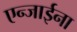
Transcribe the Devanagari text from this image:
एन्जाईना